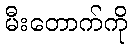
မီးတောက်ကို